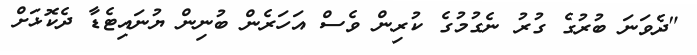
"ދެވަނަ ބުރުގެ ގުރު ނެގުމުގެ ކުރިން ވެސް އަހަރެން ބުނިން ޔުނައިޓެޑާ ދެކޮޅަށް